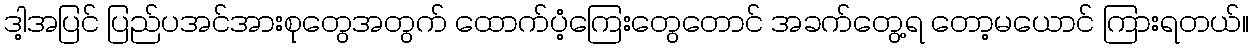
ဒါ့အပြင် ပြည်ပအင်အားစုတွေအတွက် ထောက်ပံ့ကြေးတွေတောင် အခက်တွေ့ရ တော့မယောင် ကြားရတယ်။